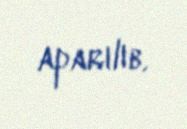
aparılıb.